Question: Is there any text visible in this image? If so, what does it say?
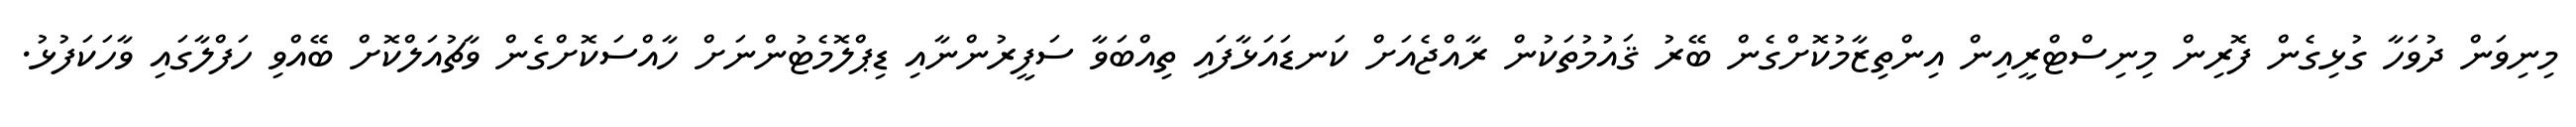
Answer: މިނިވަން ދުވަހާ ގުޅިގެން ފޮރިން މިނިސްޓްރީއިން އިންތިޒާމުކޮށްގެން ބޭރު ޤައުމުތަކުން ރާއްޖެއަށް ކަނޑައަޅާފައި ތިއްބަވާ ސަފީރުންނާއި ޑިޕްލޮމެޓުންނަށް ހާއްސަކޮށްގެން ވާޗުއަލްކޮށް ބޭއްވި ހަފްލާގައި ވާހަކަފުޅު.